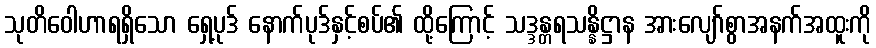
သုတိဝေါဟာရရှိသော ရှေ့ပုဒ် နောက်ပုဒ်နှင့်စပ်၏ ထို့ကြောင့် သဒ္ဒန္တရသန္နိဋ္ဌာန အားလျော်စွာအနက်အထူးကို